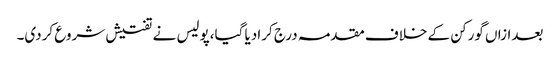
بعدازاں گورکن کے خلاف مقدمہ درج کرادیا گیا،پولیس نے تفتیش شروع کردی۔